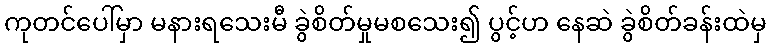
ကုတင်ပေါ်မှာ မနားရသေးမီ ခွဲစိတ်မှုမစသေး၍ ပွင့်ဟ နေဆဲ ခွဲစိတ်ခန်းထဲမှ